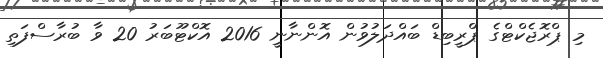
މި ޕްރޮޖެކްޓްގެ ޕްރީބިޑް ބައްދަލުވުން އޮންނާނީ 2016 އޮކްޓޫބަރު 20 ވާ ބުރާސްފަތި